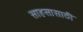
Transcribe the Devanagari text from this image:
साहसासाठी